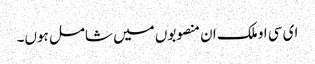
ای سی او ملک ان منصوبوں میں شامل ہوں۔